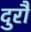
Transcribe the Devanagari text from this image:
दुरौ